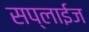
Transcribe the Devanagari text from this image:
सप्लाईज